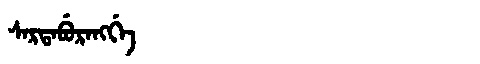
Manchu: ᠰᠠᡵᡨᠠᠪᡠᡵᠠᠩᡤᡝ
Romanization: SARTABURANGGE